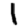
Digit: 1